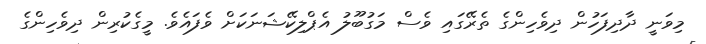
މިވަނީ ދާދިފަހުން ދިވެހިންގެ ތެރޭގައި ވެސް މަގުބޫލު އެޕްލިކޭޝަނަކަށް ވެފައެވެ. މީގެކުރިން ދިވެހިންގެ